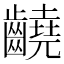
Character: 䶧